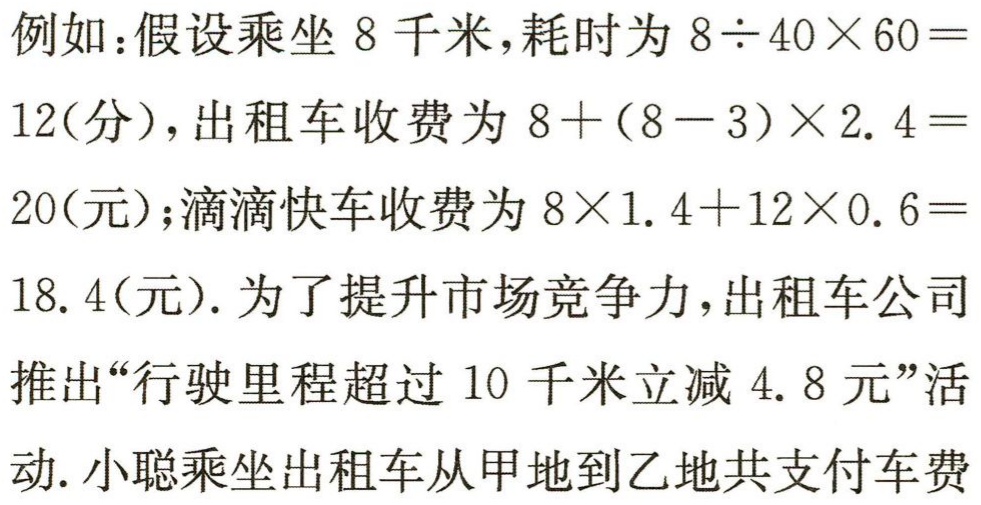
例如：假设乘坐 \(8\) 千米，耗时为 \(8\div40\times60 = 12\)(分)，出租车收费为 \(8+(8 - 3)\times2.4 = 20\)(元)；滴滴快车收费为 \(8\times1.4+12\times0.6 = 18.4\)(元). 为了提升市场竞争力，出租车公司推出“行驶里程超过 \(10\) 千米立减 \(4.8\) 元”活动. 小聪乘坐出租车从甲地到乙地共支付车费